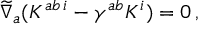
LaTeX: \widetilde { \nabla } _ { a } ( K ^ { a b \, i } - \gamma ^ { a b } K ^ { i } ) = 0 \, ,